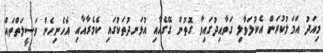
މިއަދު އަމަލުކުރަން އެކުލަވާލި ގަވާއިދުގައިވާ ގޮތުން ގޭގެއާއި އުޅަނދުތަކުގައި ކެމެރާއާއި އެހެނިހެން ވަސީލަތްތައް